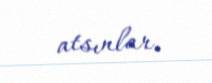
atsınlar.